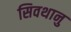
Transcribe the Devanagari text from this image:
सिवथानु